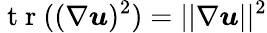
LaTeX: \mathrm{~t~r~}((\nabla\boldsymbol{u})^{2})=||\nabla\boldsymbol{u}||^{2}